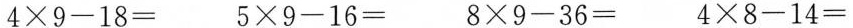
4\times9-18= 5\times9-16= 8\times9-36= 4\times8-14=